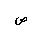
Letter: _sad